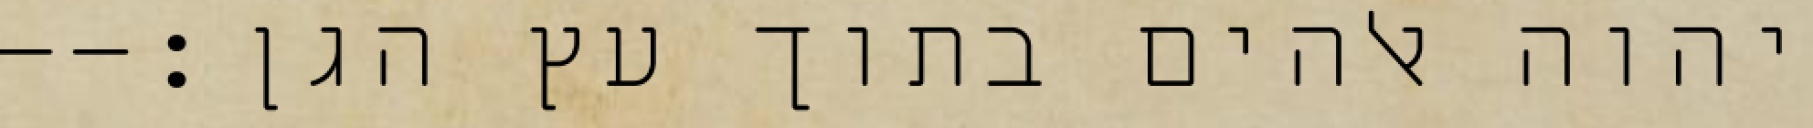
יהוה אלהים בתוך עץ הגן׃--